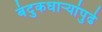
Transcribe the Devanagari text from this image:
बंदुकधार्‍यांपुढे